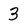
Character: 3